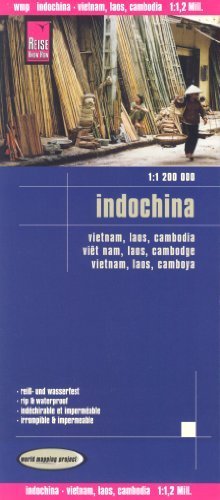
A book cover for Vietnam, Laos, Cambodia (Indochina) 1:1,200,000 Travel Map, waterproof, GPS-compatible, REISE, 2013 edition; Reise Knowhow; Travel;